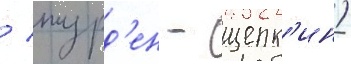
/ журд'ен - щепк'ин)